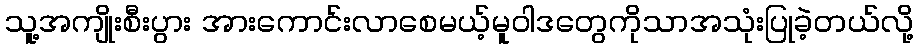
သူ့အကျိုးစီးပွား အားကောင်းလာစေမယ့်မူဝါဒတွေကိုသာအသုံးပြုခဲ့တယ်လို့